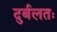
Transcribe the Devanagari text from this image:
दुर्बलतः